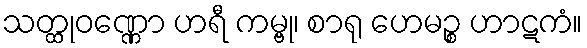
သတ္ထုဝဏ္ဏော ဟရီ ကမ္ဗု၊ စာရု ဟေမဉ္စ ဟာဋကံ။